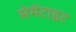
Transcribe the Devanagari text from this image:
सेमेंटाइट